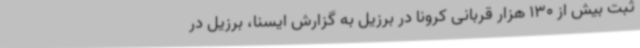
ثبت بیش از 130 هزار قربانی کرونا در برزیل به گزارش ایسنا، برزیل در